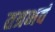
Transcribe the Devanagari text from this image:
तत्रभवं